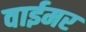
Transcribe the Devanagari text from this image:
वाईमर